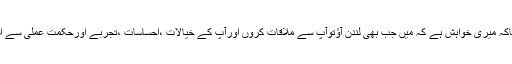
انہوں نے کہاکہ میری خواہش ہے کہ میں جب بھی لندن آؤتوآپ سے ملاقات کروں اورآپ کے خیالات ،احساسات ،تجربے اورحکمت عملی سے استفادہ کروں۔